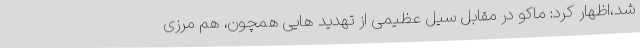
شد،اظهار کرد: ماکو در مقابل سیل عظیمی از تهدید هایی همچون، هم مرزی